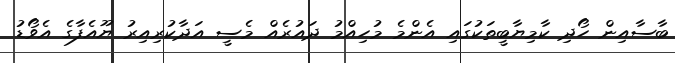
ބާސާއިން ހޯދި ކާމިޔާބީތަކުގައި އެންމެ މުހިއްމު ދައުރެއް މެސީ އަދާކުރިއިރު ޔޫއެފާގެ އެވޯޑު